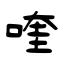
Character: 喹